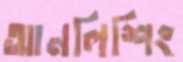
আনলিশিং